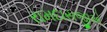
રામદાસજીએ